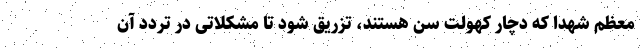
معظم شهدا که دچار کهولت سن هستند، تزریق شود تا مشکلاتی در تردد آن